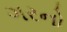
ગરનો